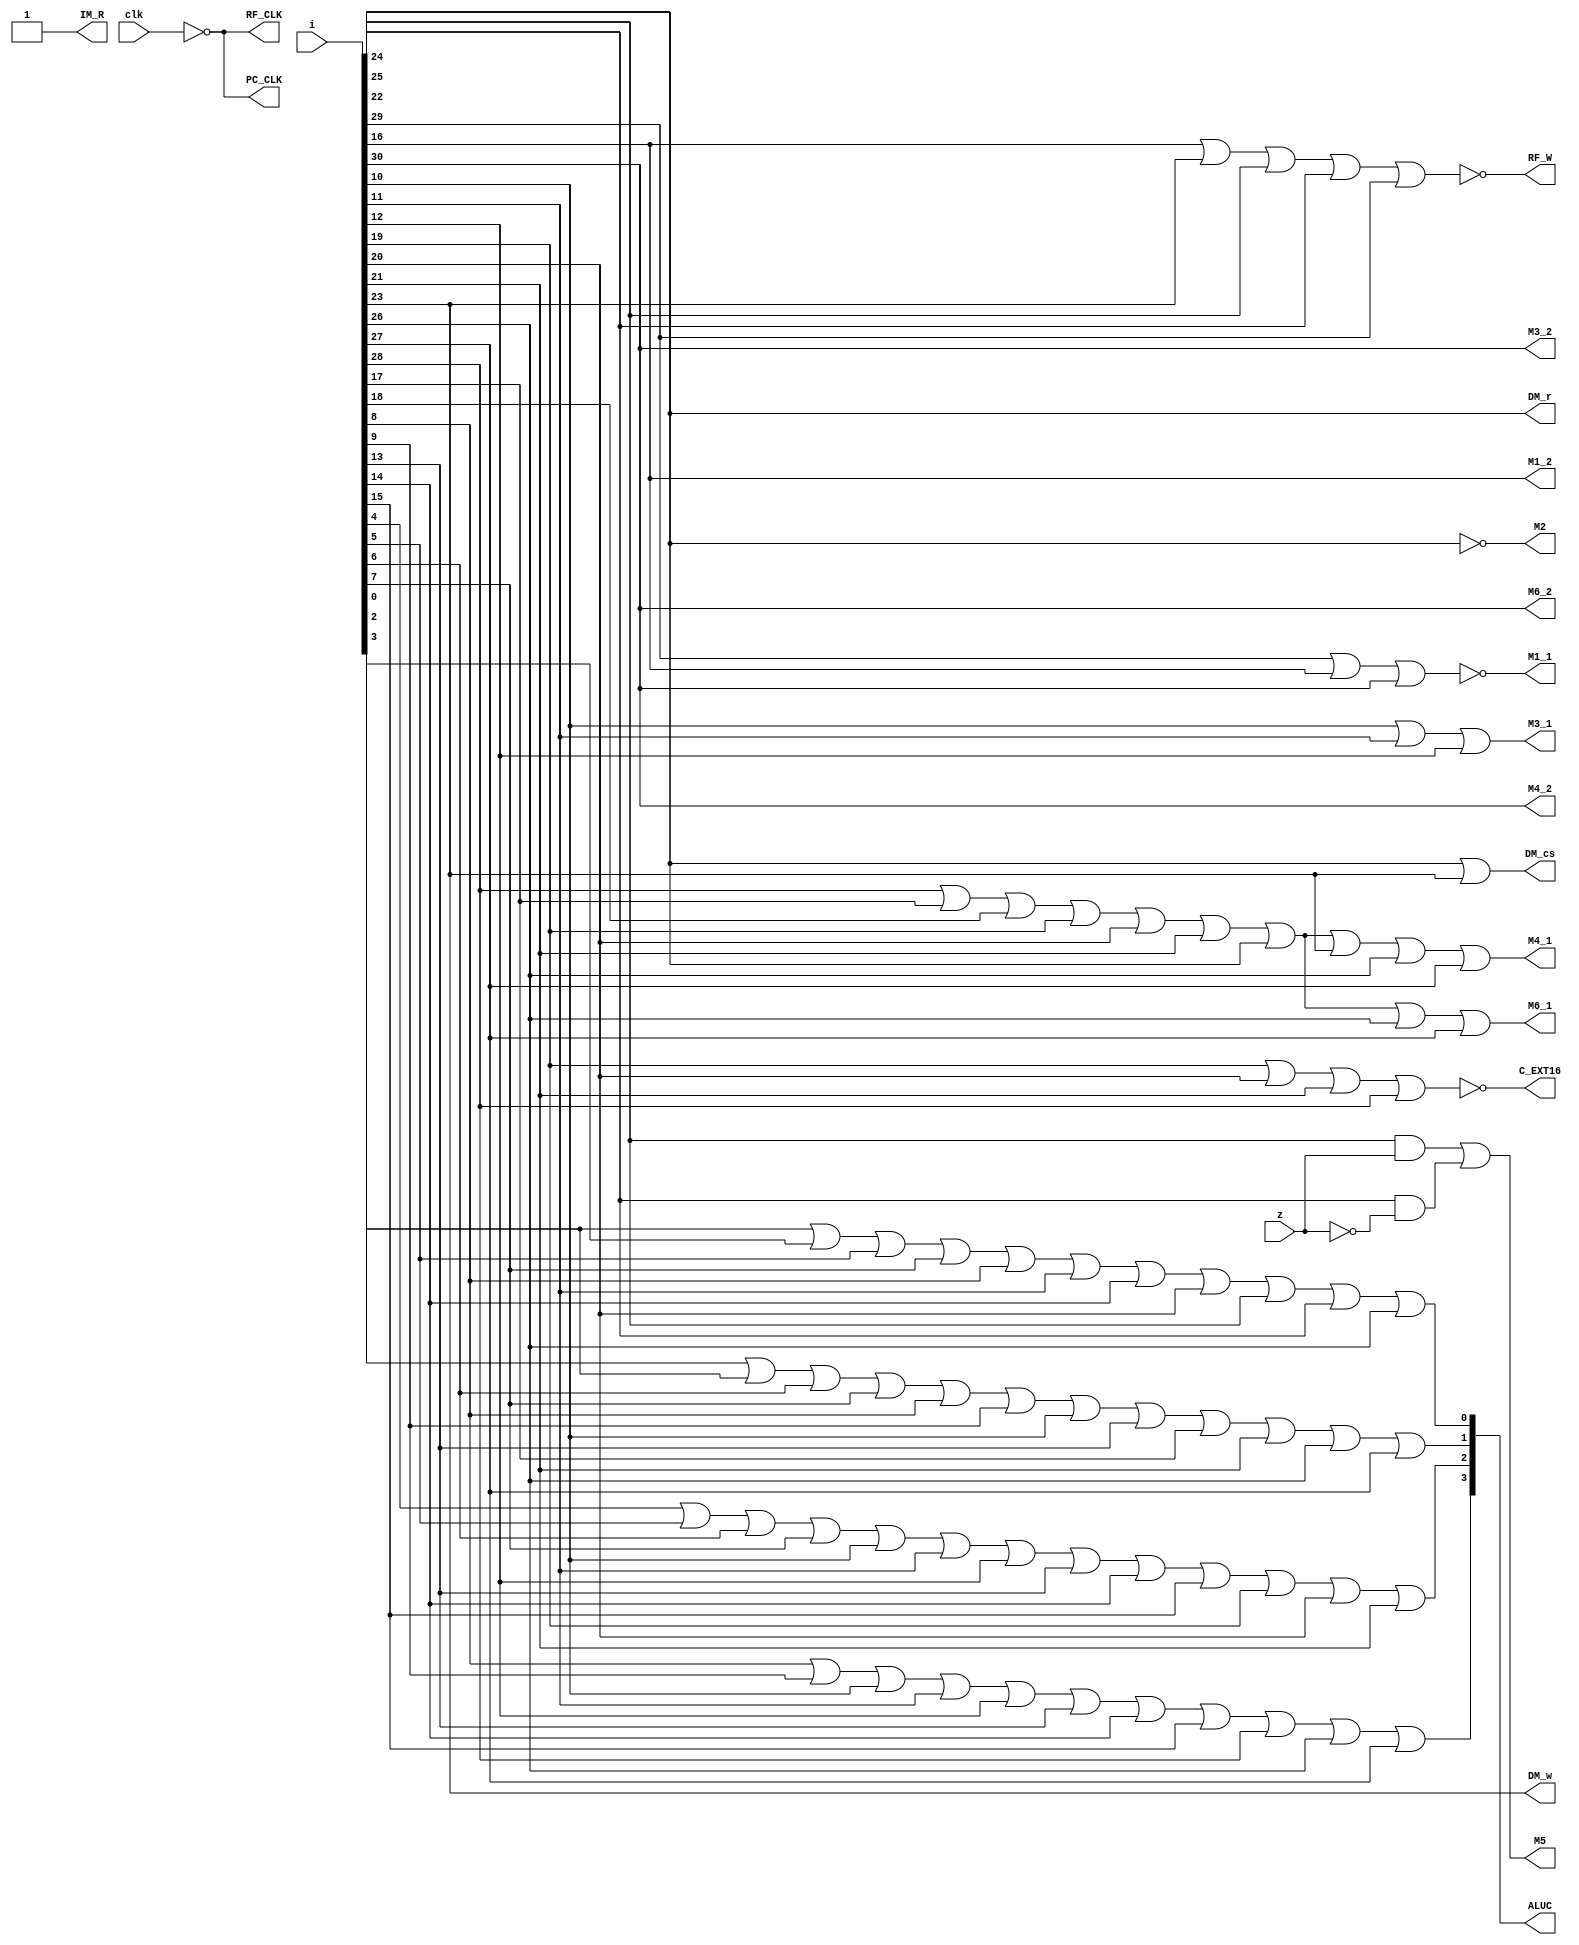
`timescale 1ns / 1ps

module controller(
    input clk,
    input z,
    input [31:0] i,
    output PC_CLK,
    output IM_R,
    output M1_1,
    output M1_2,
    output M2,
    output M3_1,
    output M3_2,
    output M4_1,
    output M4_2,
    output M5,
    output M6_1,
    output M6_2,
    output [3:0] ALUC,
    output RF_W,
    output RF_CLK,
    output DM_w,
    output DM_r,
    output DM_cs,
    output C_EXT16
);
    assign _add  =i[0];
    assign _addu =i[1];
    assign _sub  =i[2];
    assign _subu =i[3];
    assign _and  =i[4];
    assign _or   =i[5];
    assign _xor  =i[6];
    assign _nor  =i[7];
    assign _slt  =i[8];
    assign _sltu =i[9];
    assign _sll  =i[10];
    assign _srl  =i[11];
    assign _sra  =i[12];
    assign _sllv =i[13];
    assign _srlv =i[14];
    assign _srav =i[15];
    assign _jr   =i[16];
    assign _addi =i[17];
    assign _addiu=i[18];
    assign _andi =i[19];
    assign _ori  =i[20];
    assign _xori =i[21];
    assign _lw   =i[22];
    assign _sw   =i[23];
    assign _beq  =i[24];
    assign _bne  =i[25];
    assign _slti =i[26];
    assign _sltiu=i[27];
    assign _lui  =i[28];
    assign _j    =i[29];
    assign _jal  =i[30];


    assign PC_CLK  = ~clk;
    assign IM_R    = 1;
    assign M1_1    = ~(_j |_jr |_jal);
    assign M1_2    =  _jr;
    assign M2      = ~_lw;
    assign M3_1    = _sll|_srl|_sra;//1
    assign M3_2    = _jal;
    assign M4_1    = _lui|_addi|_addiu|_andi|_ori|_xori|_lw|_sw|_slti|_sltiu;//0
    assign M4_2    = _jal;
    assign M5      =(_beq&z)|(_bne&~z);
    assign M6_1    = _lui|_addi|_addiu|_andi|_ori|_xori|_lw|_slti|_sltiu;//0
    assign M6_2    =_jal;
    assign ALUC[3] =_slt|_sltu|_sll|_srl|_sra|_sllv|_srlv|_srav|_lui|_slti|_sltiu;//1
    assign ALUC[2] =_and|_or|_xor|_nor|_sll|_srl|_sra|_sllv|_srlv|_srav|_andi|_ori|_xori;//1
    assign ALUC[1] =_add|_sub|_xor|_nor|_slt|_sltu|_sll|_sllv|_addi|_xori|_slti|_sltiu;//1
    assign ALUC[0] =_sub|_subu|_or|_nor|_slt|_srl|_srlv|_ori|_beq|_bne|_slti;//0
    assign RF_W=~(_jr|_sw|_beq|_bne|_j);//1
    assign RF_CLK  =~clk;
    assign DM_cs=_lw|_sw;
    assign DM_r=_lw;
    assign DM_w=_sw;
    assign C_EXT16 =~(_andi|_ori|_xori|_lui);//1

endmodule